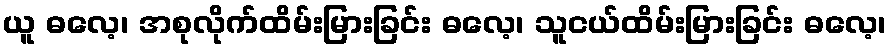
ယူ ဓလေ့၊ အစုလိုက်ထိမ်းမြားခြင်း ဓလေ့၊ သူငယ်ထိမ်းမြားခြင်း ဓလေ့၊